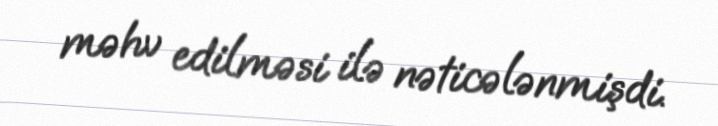
məhv edilməsi ilə nəticələnmişdi.